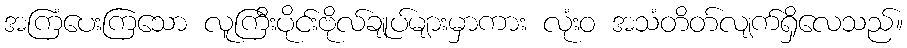
အကြံပေးကြသော လူကြီးပိုင်းဗိုလ်ချုပ်များမှာကား လုံးဝ အသံတိတ်လျက်ရှိလေသည်။